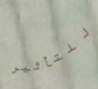
للتأثير